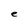
Character: e